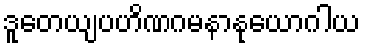
ဒူတေယျပဟိဏဂမနာနုယောဂါယ